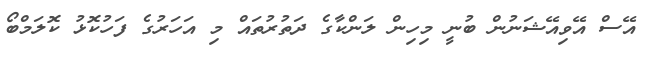
އޭސް އޭވިއޭޝަނުން ބުނީ މިހިން ލަންކާގެ ދަތުރުތައް މި އަހަރުގެ ފަހުކޮޅު ކޮލަމްބޯ